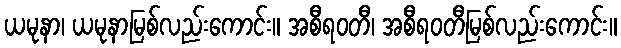
ယမုနာ၊ ယမုနာမြစ်လည်းကောင်း။ အစီရဝတီ၊ အစီရဝတီမြစ်လည်းကောင်း။